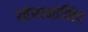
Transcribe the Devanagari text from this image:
स्तेफानोव्हिच